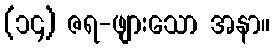
(၁၄) ဇရ-ဖျားသော အနာ။